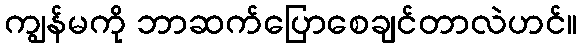
ကျွန်မကို ဘာဆက်ပြောစေချင်တာလဲဟင်။